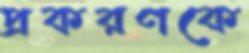
প্রকরণকে